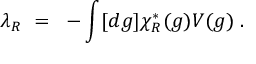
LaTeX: \lambda _ { R } ~ = ~ - \int [ d g ] \chi _ { R } ^ { * } ( g ) V ( g ) \; .